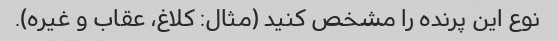
نوع این پرنده را مشخص کنید (مثال: کلاغ، عقاب و غیره).